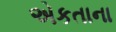
એકતાના